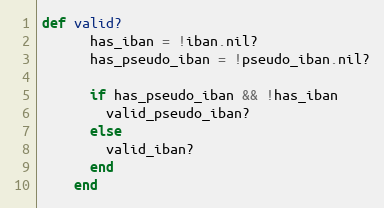
Language: Ruby
def valid?
      has_iban = !iban.nil?
      has_pseudo_iban = !pseudo_iban.nil?

      if has_pseudo_iban && !has_iban
        valid_pseudo_iban?
      else
        valid_iban?
      end
    end